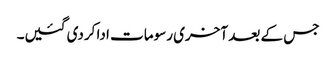
جس کے بعد آخری رسومات ادا کردی گئیں۔